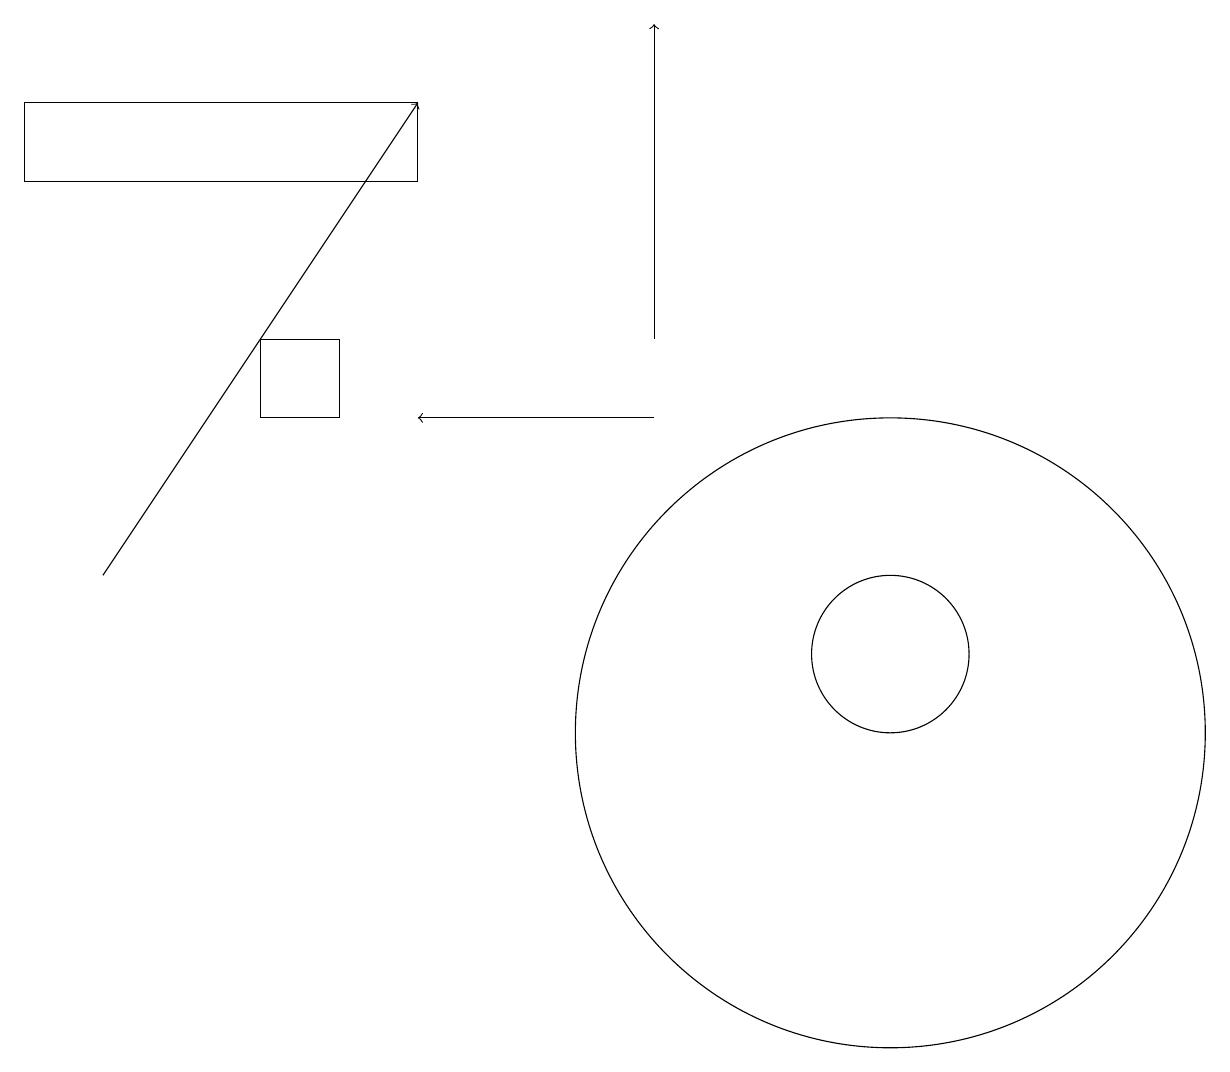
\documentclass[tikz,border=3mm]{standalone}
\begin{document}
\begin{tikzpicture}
\draw (4,15) rectangle (3,14);
\draw[->] (8,15) -- (8,19);
\draw[->] (8,14) -- (5,14);
\draw (11,11) circle (1);
\draw (11,10) circle (4);
\draw[->] (1,12) -- (5,18);
\draw (5,17) rectangle (0,18);
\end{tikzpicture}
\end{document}